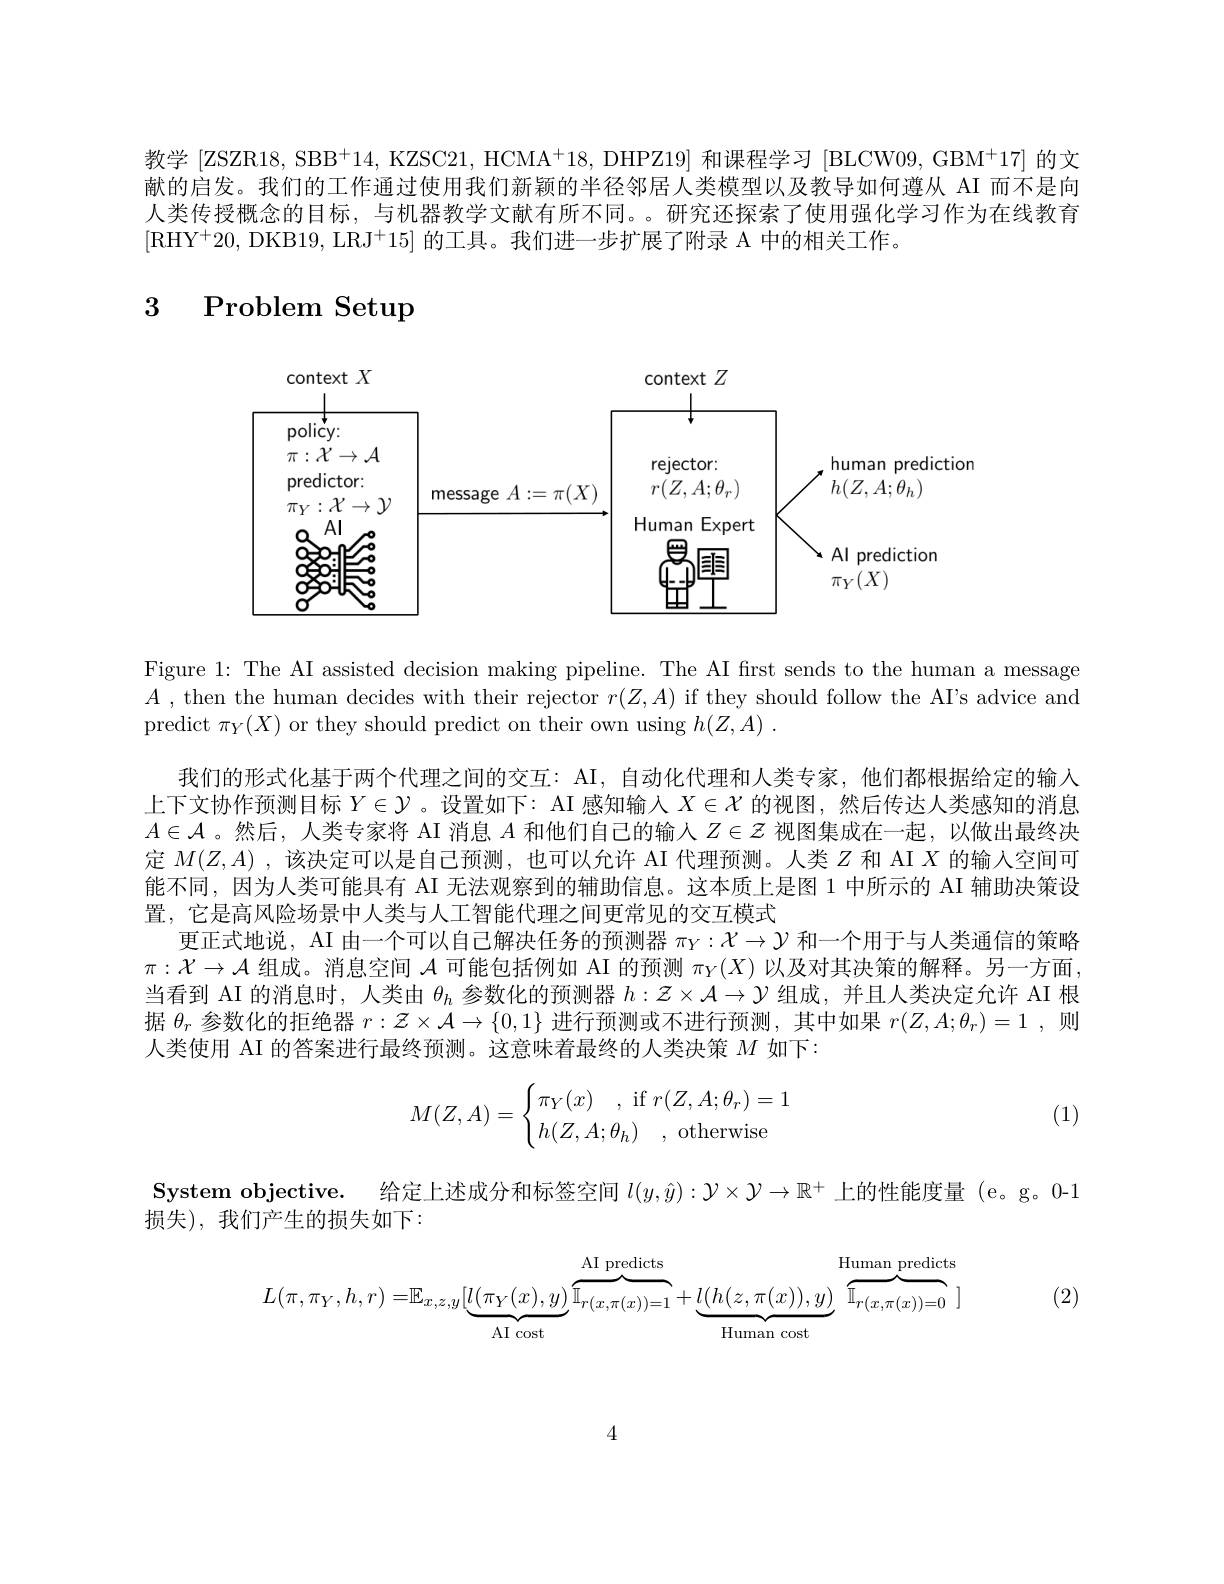
教学 [ZSZR18, SBB$^+14$, KZSC21, HCMA$^+18$, DHPZ19] 和课程学习 [BLCW09, GBM$^+17]$的文献的启发。我们的工作通过使用我们新颖的半径邻居人类模型以及教导如何遵从 AI 而不是向人类传授概念的目标，与机器教学文献有所不同。。研究还探索了使用强化学习作为在线教育[RHY$^+20$,DKB19, LRJ$^+15]$的工具。我们进一步扩展了附录 A 中的相关工作。

### $\begin{array}{cc}3&\text{Problem Setup}\end{array}$

<FigureHere>

Figure 1: The AI assisted decision making pipeline. The AI first sends to the human a message $A$ , then the human decides with their rejector $r(Z,A)$ if they should follow the AI's advice and predict $\pi_Y(X)$ or they should predict on their own using $h(Z,A).$
我们的形式化基于两个代理之间的交互：AI, 自动化代理和人类专家，他们都根据给定的输入上下文协作预测目标$Y\in\mathcal{Y}$ 。设置如下：AI 感知输人$X\in\mathcal{X}$的视图，然后传达人类感知的消息$A\in\mathcal{A}$ 。然后，人类专家将 AI 消息$A$和他们自己的输人$Z\in Z$视图集成在一起，以做出最终决定$M(Z,A)$ ,该决定可以是自己预测，也可以允许 AI 代理预测。人类$Z$和 AI $X$的输入空间可能不同，因为人类可能具有 AI 无法观察到的辅助信息。这本质上是图 1 中所示的 AI 辅助决策设置，它是高风险场景中人类与人工智能代理之间更常见的交互模式
更正式地说，AI 由一个可以自己解决任务的预测器$\pi_Y:\mathcal{X}\to\mathcal{Y}$和一个用于与人类通信的策略$\pi:\mathcal{X}\to\mathcal{A}$组成。消息空间$\mathcal{A}$可能包括例如 AI 的预测$\pi_Y(X)$以及对其决策的解释。另一方面， 当看到 AI 的消息时，人类由$\theta_h$参数化的预测器$h:\mathcal{Z}\times\mathcal{A}\to\mathcal{Y}$组成，并且人类决定允许 AI 根据$\theta_r$参数化的拒绝器$r:\mathcal{Z}\times\mathcal{A}\to\{0,1\}$进行预测或不进行预测，其中如果$r( Z, A; \theta _r) = 1$ , 则 人类使用 AI 的答案进行最终预测。这意味着最终的人类决策$M$如下：
$$M(Z,A)=\begin{cases}\pi_Y(x)\quad,\text{if}r(Z,A;\theta_r)=1\\h(Z,A;\theta_h)\quad,\text{otherwise}\end{cases}$$
(1)

System objective. 给定上述成分和标签空间$l(y,\hat{y}):\mathcal{Y}\times\mathcal{Y}\to\mathbb{R}^+$上的性能度量 (e。g。0-1
损失),我们产生的损失如下：
$$L(\pi,\pi_Y,h,r)=\mathbb{E}_{x,z,y}[\underbrace{l(\pi_Y(x),y)}_{\text{AI cost}}\overbrace{\mathbb{I}_{r(x,\pi(x))=1}}^{\text{AI predicts}}+\underbrace{l(h(z,\pi(x)),y)}_{\text{Human cost}}\overbrace{\mathbb{I}_{r(x,\pi(x))=0}}^{\text{Human predicts}}]$$
(2)

4